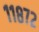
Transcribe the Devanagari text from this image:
११८७२